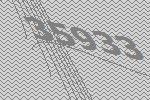
35933